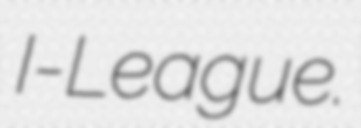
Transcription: I-League.